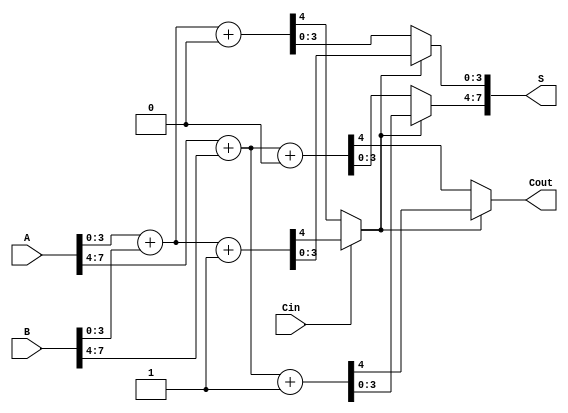
module CCSA_8bit(
    input [7:0] A,
    input [7:0] B,
    input Cin,
    output [7:0] S,
    output Cout
);

    // Internal wires for carry outs and sums of blocks
    wire [3:0] S0, S1;         // Sums when Cin = 0 and 1 for Block 0
    wire C0_0, C0_1;          // Carry outs from Block 0
    wire [3:0] S4, S5;         // Sums when Cin = 0 and 1 for Block 1
    wire C1_0, C1_1;          // Carry outs from Block 1
    wire sel;                 // Select signal for the multiplexer

    // Block 0: 4-bit adder
    assign {C0_0, S0} = A[3:0] + B[3:0] + 4'b0000; // When Cin = 0
    assign {C0_1, S1} = A[3:0] + B[3:0] + 4'b0001; // When Cin = 1

    // Block 1: 4-bit adder
    assign {C1_0, S4} = A[7:4] + B[7:4] + 4'b0000; // When preceding carry = 0
    assign {C1_1, S5} = A[7:4] + B[7:4] + 4'b0001; // When preceding carry = 1

    // Select logic for carry
    assign sel = Cin ? C0_1 : C0_0;

    // Final carry out selection
    assign Cout = sel ? C1_1 : C1_0;

    // Sum calculation using selected carry
    assign S = {sel ? S5 : S4, sel ? S1 : S0}; 

endmodule